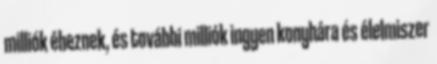
milliók éheznek, és további milliók ingyen konyhára és élelmiszer